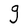
Character: g